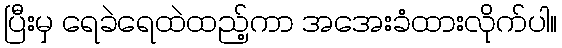
ပြီးမှ ရေခဲရေထဲထည့်ကာ အအေးခံထားလိုက်ပါ။